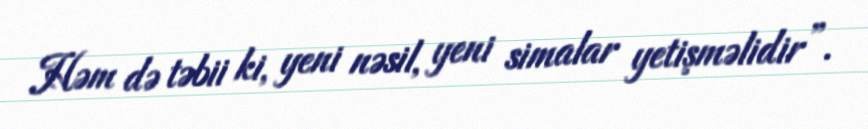
Həm də təbii ki, yeni nəsil, yeni simalar yetişməlidir”.